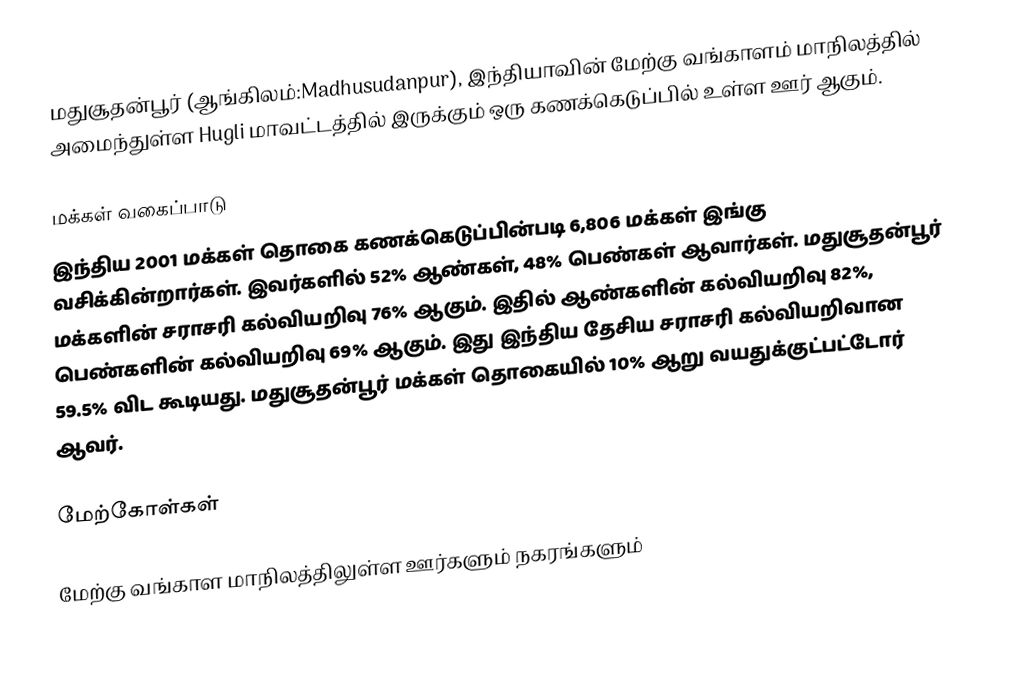
மதுசூதன்பூர் (ஆங்கிலம்:Madhusudanpur), இந்தியாவின் மேற்கு வங்காளம் மாநிலத்தில் அமைந்துள்ள Hugli மாவட்டத்தில் இருக்கும் ஒரு கணக்கெடுப்பில் உள்ள ஊர்  ஆகும்.

மக்கள் வகைப்பாடு
இந்திய 2001 மக்கள் தொகை கணக்கெடுப்பின்படி 6,806 மக்கள் இங்கு வசிக்கின்றார்கள். இவர்களில் 52% ஆண்கள், 48% பெண்கள் ஆவார்கள். மதுசூதன்பூர் மக்களின் சராசரி கல்வியறிவு 76% ஆகும். இதில் ஆண்களின் கல்வியறிவு 82%, பெண்களின் கல்வியறிவு 69% ஆகும். இது இந்திய தேசிய சராசரி கல்வியறிவான 59.5% விட கூடியது. மதுசூதன்பூர் மக்கள் தொகையில் 10%  ஆறு வயதுக்குட்பட்டோர் ஆவர்.

மேற்கோள்கள்

மேற்கு வங்காள மாநிலத்திலுள்ள ஊர்களும் நகரங்களும்